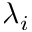
\lambda _ { i }